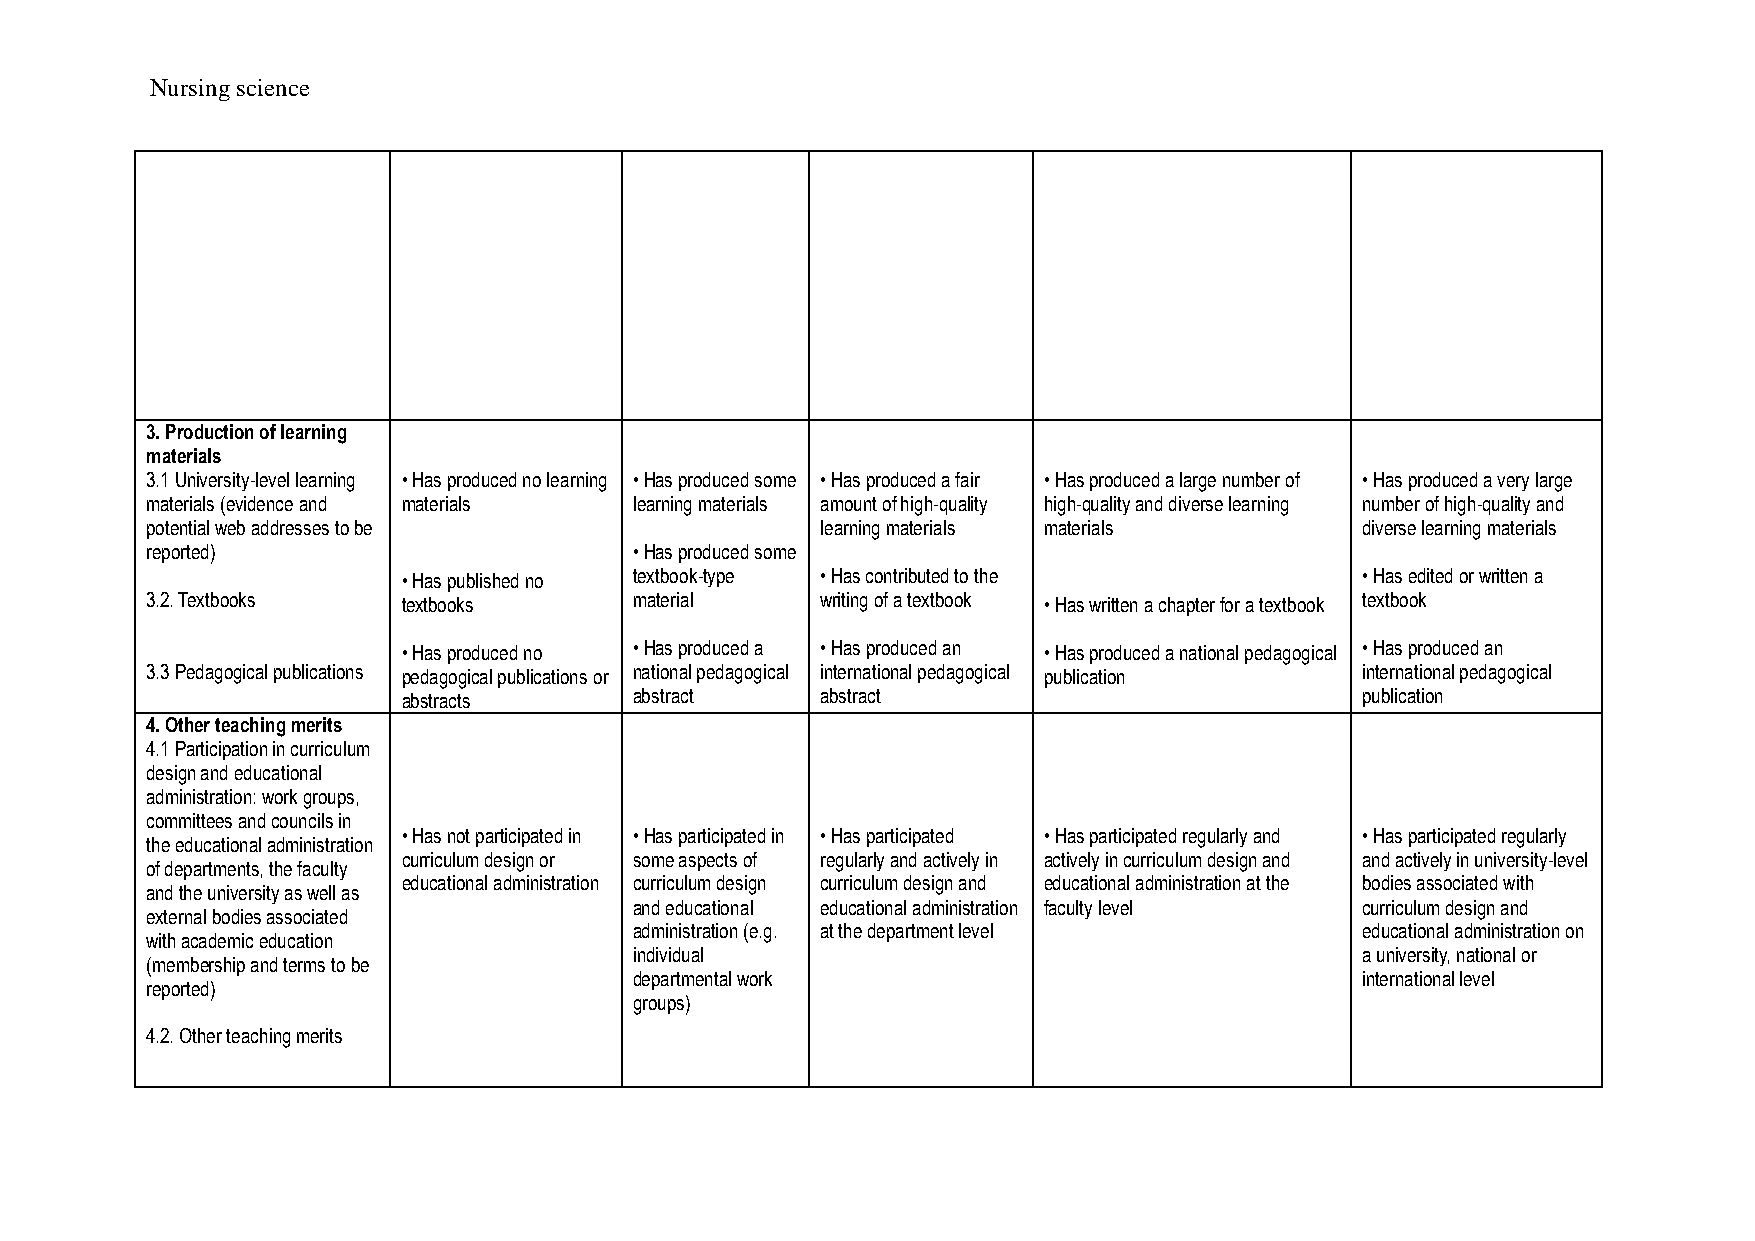
Nursing science
 3. Production of learning
 materials
 3.1 University-level learning • Has produced no learning • Has produced some • Has produced a fair • Has produced a large number of • Has produced a very large
 materials (evidence and materials learning materials amount of high-quality high-quality and diverse learning number of high-quality and
 potential web addresses to be               learning materials materials        diverse learning materials
 reported)                       • Has produced some
 • Has published no textbook-type • Has contributed to the      • Has edited or written a
 3.2. Textbooks   textbooks      material    writing of a textbook • Has written a chapter for a textbook textbook
 • Has produced no • Has produced a • Has produced an • Has produced a national pedagogical • Has produced an
 3.3 Pedagogical publications pedagogical publications or national pedagogical international pedagogical publication international pedagogical
 abstracts      abstract    abstract                            publication
 4. Other teaching merits
 4.1 Participation in curriculum
 design and educational
 administration: work groups,
 committees and councils in
 • Has not participated in • Has participated in • Has participated • Has participated regularly and • Has participated regularly
 the educational administration
 curriculum design or some aspects of regularly and actively in actively in curriculum design and and actively in university-level
 of departments, the faculty
 educational administration curriculum design curriculum design and educational administration at the bodies associated with
 and the university as well as
 and educational educational administration faculty level curriculum design and
 external bodies associated
 administration (e.g. at the department level    educational administration on
 with academic education
 individual                                      a university, national or
 (membership and terms to be
 departmental work                               international level
 reported)
 groups)
 4.2. Other teaching merits